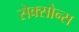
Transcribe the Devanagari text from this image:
सेक्सोन्स